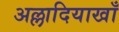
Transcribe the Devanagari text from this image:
अल्लादियाखाँ